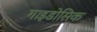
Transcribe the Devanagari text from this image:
गाइडोसिक